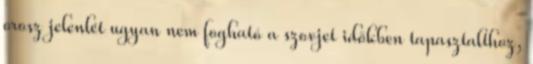
orosz jelenlét ugyan nem fogható a szovjet időkben tapasztalthoz,